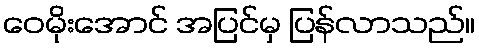
ဝေမိုးအောင် အပြင်မှ ပြန်လာသည်။